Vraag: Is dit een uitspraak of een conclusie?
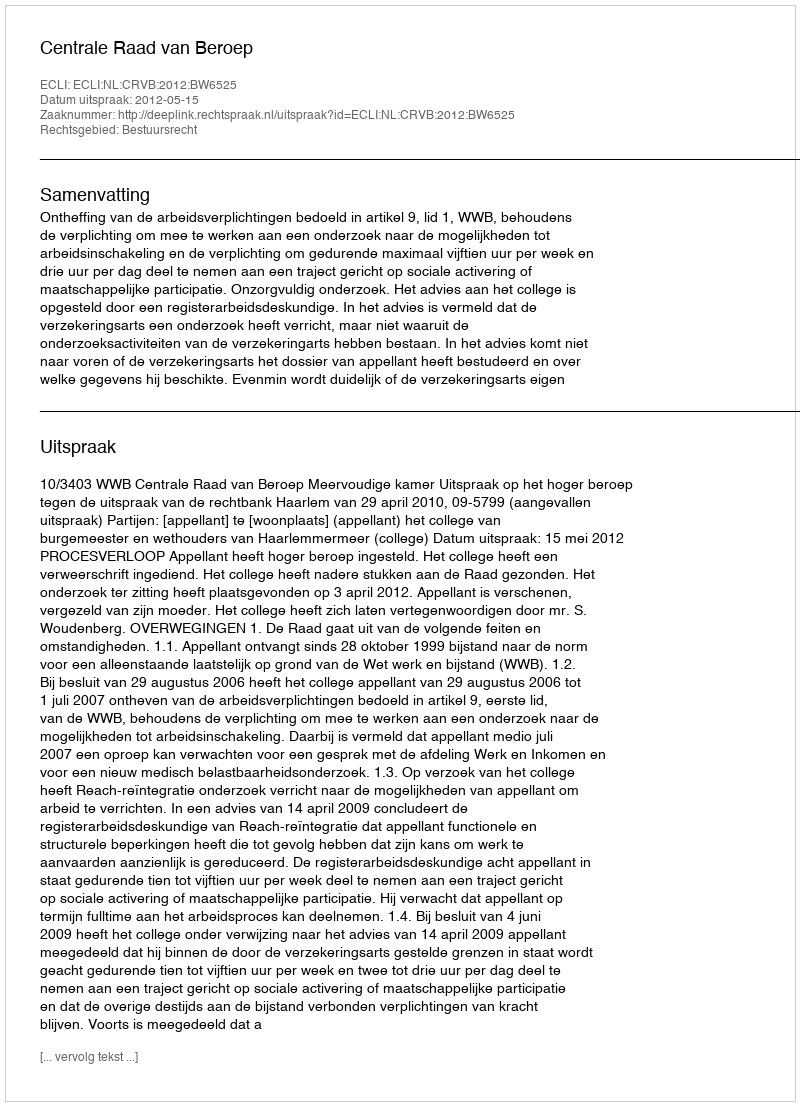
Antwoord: Uitspraak